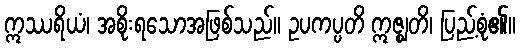
ဣဿရိယံ၊ အစိုးရသောအဖြစ်သည်။ ဥပကပ္ပတိ ဣဇ္ဈတိ၊ ပြည့်စုံ၏။